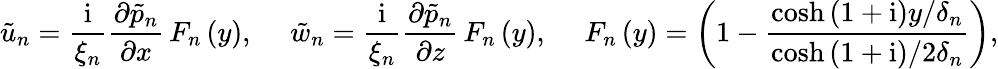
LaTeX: \tilde{u}_{n}=\frac{\mathrm{i}}{\xi_{n}}\frac{\partial\tilde{p}_{n}}{\partial x}\, F_{n}\left(y\right),\ \ \ \ \ \tilde{w}_{n}=\frac{\mathrm{i}}{\xi_{n}}\frac{\partial\tilde{p}_{n}}{\partial z}\, F_{n}\left(y\right),\ \ \ \ \ F_{n}\left(y\right)=\left(1-\frac{\cosh{\left(1+\mathrm{i}\right)y/\delta_{n}}}{\cosh{\left(1+\mathrm{i}\right)/2\delta_{n}}}\right),